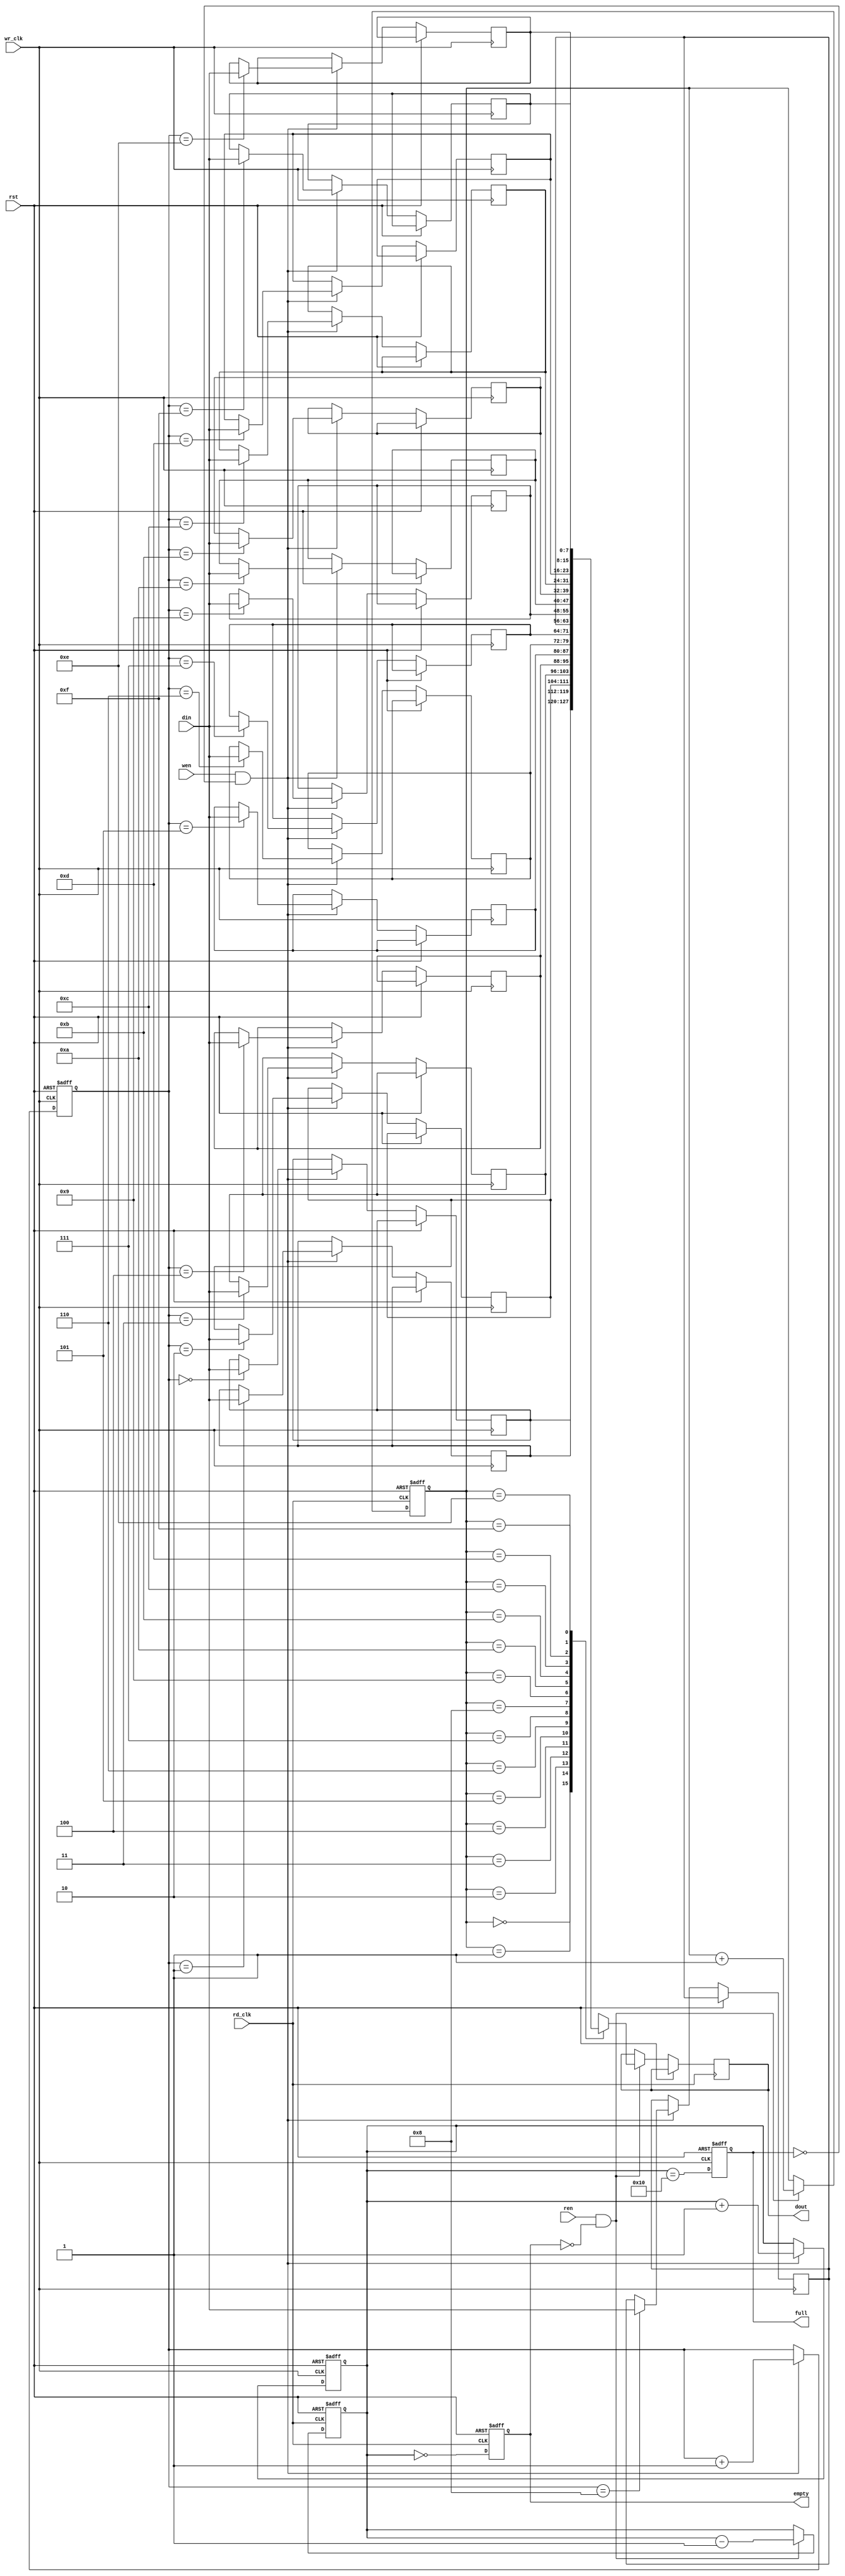
module async_fifo #(
    parameter DATA_WIDTH = 8,  // Data width
    parameter FIFO_DEPTH = 16   // FIFO depth (must be a power of 2)
) (
    input wire wr_clk,          // Write clock
    input wire rd_clk,          // Read clock
    input wire rst,             // Reset
    input wire wen,             // Write enable
    input wire ren,             // Read enable
    input wire [DATA_WIDTH-1:0] din, // Data input
    output reg [DATA_WIDTH-1:0] dout, // Data output
    output reg full,            // Full flag
    output reg empty            // Empty flag
);

    // Memory declaration (dual-port RAM)
    reg [DATA_WIDTH-1:0] mem [0:FIFO_DEPTH-1];

    // Pointers for write and read operations
    reg [$clog2(FIFO_DEPTH)-1:0] wr_ptr;
    reg [$clog2(FIFO_DEPTH)-1:0] rd_ptr;
    reg [$clog2(FIFO_DEPTH):0] count; // To track the number of entries

    // Reset logic
    always @(posedge wr_clk or posedge rst) begin
        if (rst) begin
            wr_ptr <= 0;
            count <= 0;
            full <= 0;
        end else begin
            if (wen && !full) begin
                mem[wr_ptr] <= din; // Write data to memory
                wr_ptr <= wr_ptr + 1;
                count <= count + 1;
            end
            // Update full flag
            full <= (count == FIFO_DEPTH);
        end
    end

    always @(posedge rd_clk or posedge rst) begin
        if (rst) begin
            rd_ptr <= 0;
            count <= 0;
            empty <= 1;
        end else begin
            if (ren && !empty) begin
                dout <= mem[rd_ptr]; // Read data from memory
                rd_ptr <= rd_ptr + 1;
                count <= count - 1;
            end
            // Update empty flag
            empty <= (count == 0);
        end
    end

    // Synchronize the read and write pointers
    reg [$clog2(FIFO_DEPTH)-1:0] wr_ptr_sync;
    reg [$clog2(FIFO_DEPTH)-1:0] rd_ptr_sync;

    always @(posedge rd_clk) begin
        wr_ptr_sync <= wr_ptr; // Synchronize write pointer to read clock domain
    end

    always @(posedge wr_clk) begin
        rd_ptr_sync <= rd_ptr; // Synchronize read pointer to write clock domain
    end

endmodule